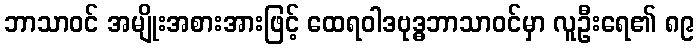
ဘာသာဝင် အမျိုးအစားအားဖြင့် ထေရဝါဒဗုဒ္ဓဘာသာဝင်မှာ လူဦးရေ၏ ၈၉